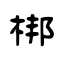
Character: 梆